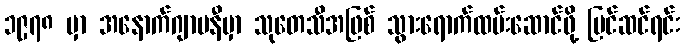
၁၉၇၈ မှာ အနောက်ဂျာမနီမှာ သုတေသီအဖြစ် သွားရောက်ထမ်းဆောင်ဖို့ ပြင်ဆင်ရင်း